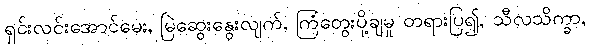
ရှင်းလင်းအောင်မေး, မြဲဆွေးနွေးလျက်, ကြံတွေးပို့ချမှု တရားပြ၍, သီလသိက္ခာ,